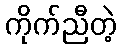
ကိုက်ညီတဲ့